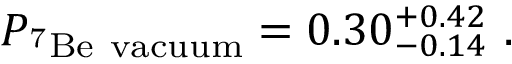
P _ { \mathrm { ^ 7 B e ~ v a c u u m } } = 0 . 3 0 _ { - 0 . 1 4 } ^ { + 0 . 4 2 } ~ .